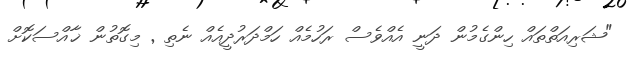
"ޝަރިއަތްތައް ހިންގެމުން ދަނީ އެއްވެސް ރަހުމެއް ހަމްދަރުދީއެއް ނެތި